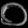
Digit: ၀